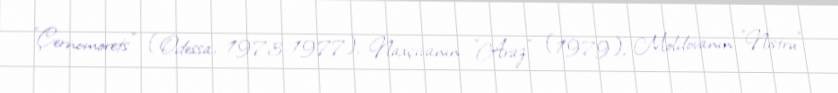
"Çernomorets" (Odessa, 1973-1977), Naxçıvanın "Araz" (1979), Moldovanın "Nistru"